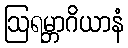
ဩရမ္ဘာဂိယာနံ